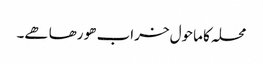
محلہ کا ماحول خراب ھو رھا ھے۔